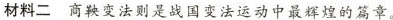
材料二商鞅变法则是战国变法运动中最辉煌的篇章